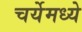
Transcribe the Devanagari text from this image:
चर्येमध्ये